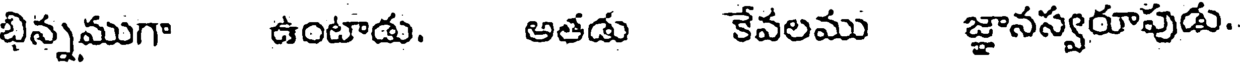
భిన్నముగా ఉంటాడు. అతడు కేవలము జ్ఞానస్వరూపుడు.